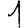
Digit: 1